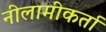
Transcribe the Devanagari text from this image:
नीलामीकर्ता